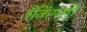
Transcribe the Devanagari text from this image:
रँकिंगशी